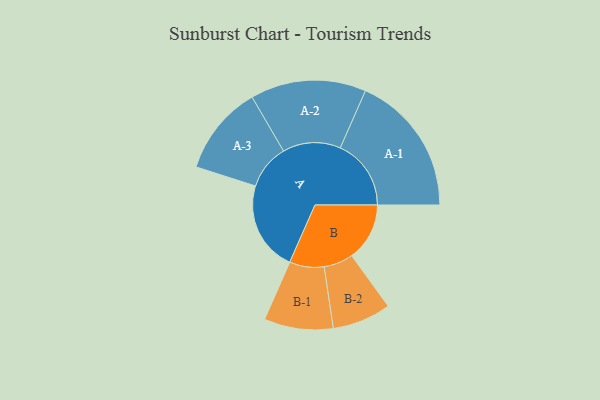
{"axis": {"x": "Segment", "y": "Value"}, "legend": ["", "A", "B"], "data": [{"x": "A", "y": 312, "type": ""}, {"x": "B", "y": 201, "type": ""}, {"x": "A-1", "y": 246, "type": "A"}, {"x": "A-2", "y": 201, "type": "A"}, {"x": "A-3", "y": 156, "type": "A"}, {"x": "B-1", "y": 120, "type": "B"}, {"x": "B-2", "y": 102, "type": "B"}]}